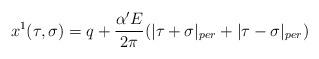
LaTeX: \begin{align*}x^1(\tau ,\sigma )=q+\frac{\alpha ^{\prime }E}{2\pi }(|\tau+\sigma |_{per}+|\tau -\sigma |_{per})\end{align*}